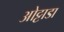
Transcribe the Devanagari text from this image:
ओट्टाडा